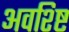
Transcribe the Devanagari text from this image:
अवश्ष्टि